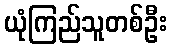
ယုံကြည်သူတစ်ဦး